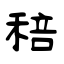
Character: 稖